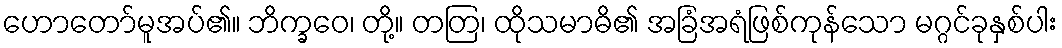
ဟောတော်မူအပ်၏။ ဘိက္ခဝေ၊ တို့။ တတြ၊ ထိုသမာဓိ၏ အခြံအရံဖြစ်ကုန်သော မဂ္ဂင်ခုနှစ်ပါး